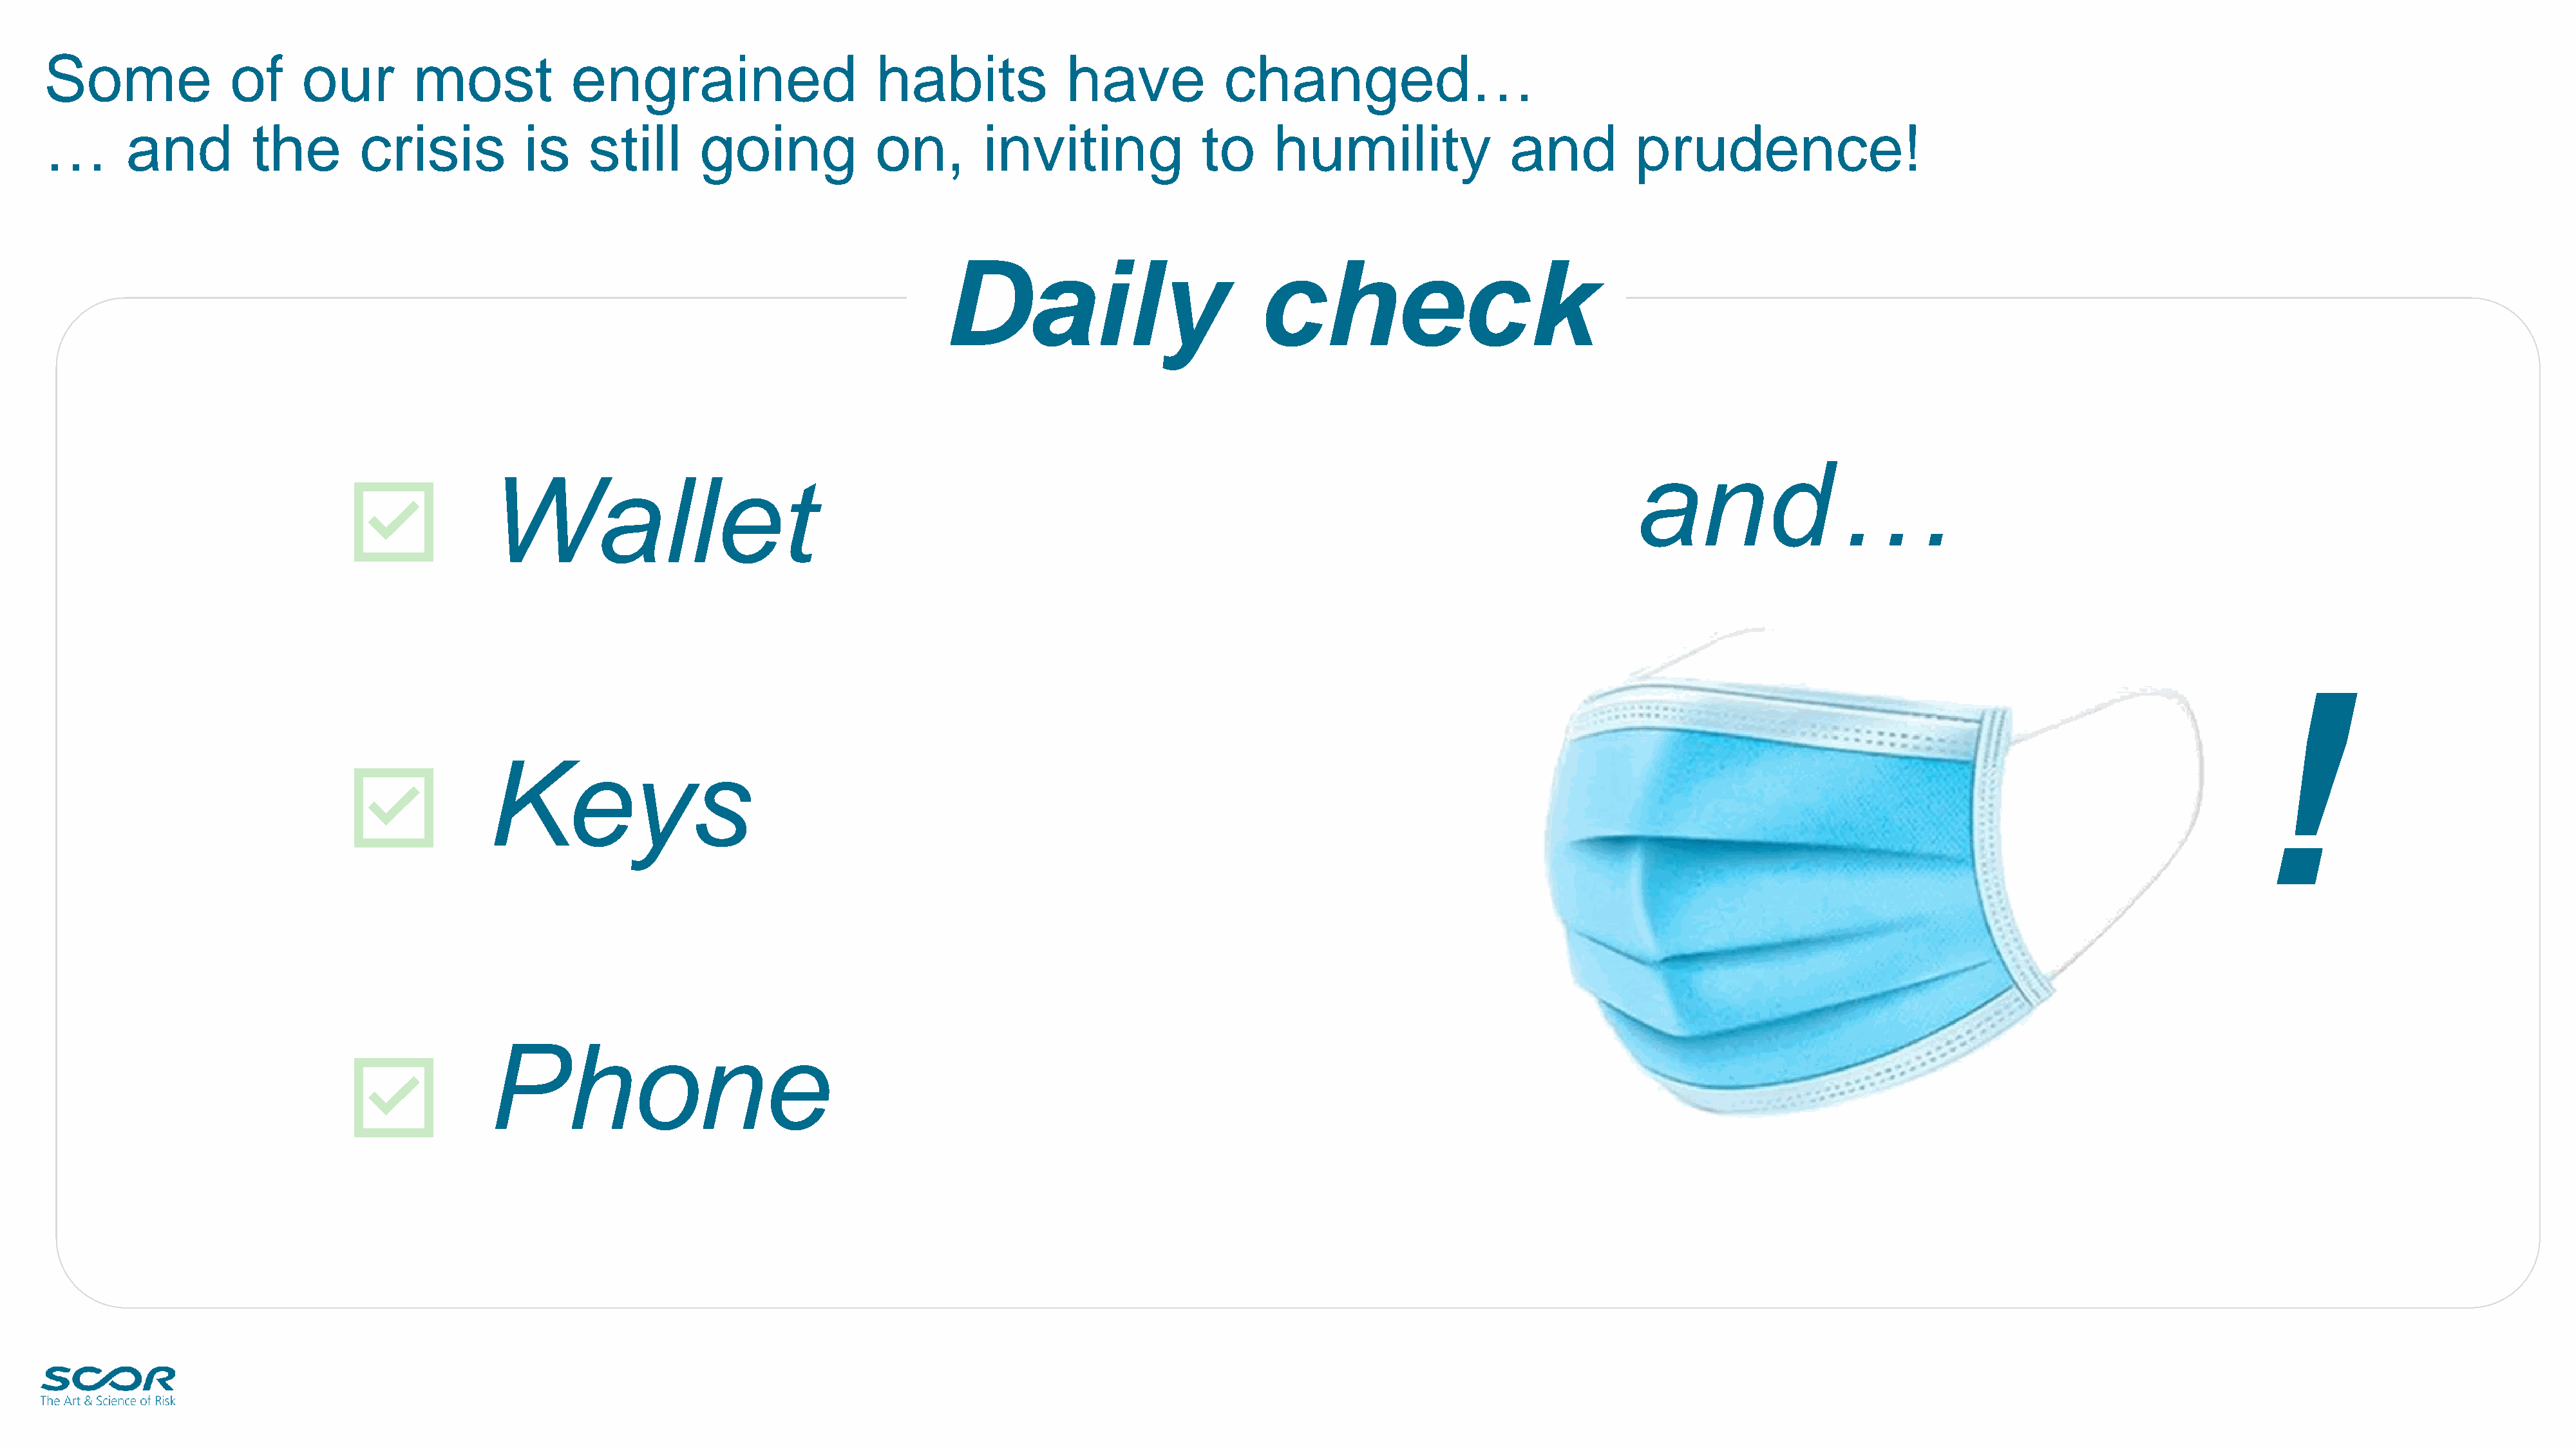
Some                of     our        most             engrained                      habits              have            changed…
 …        and          the        crisis           is    still       going             on,        inviting              to      humility                and          prudence!
 Daily                           check
 and…
 Wallet
 !
 Keys
 Phone
 2